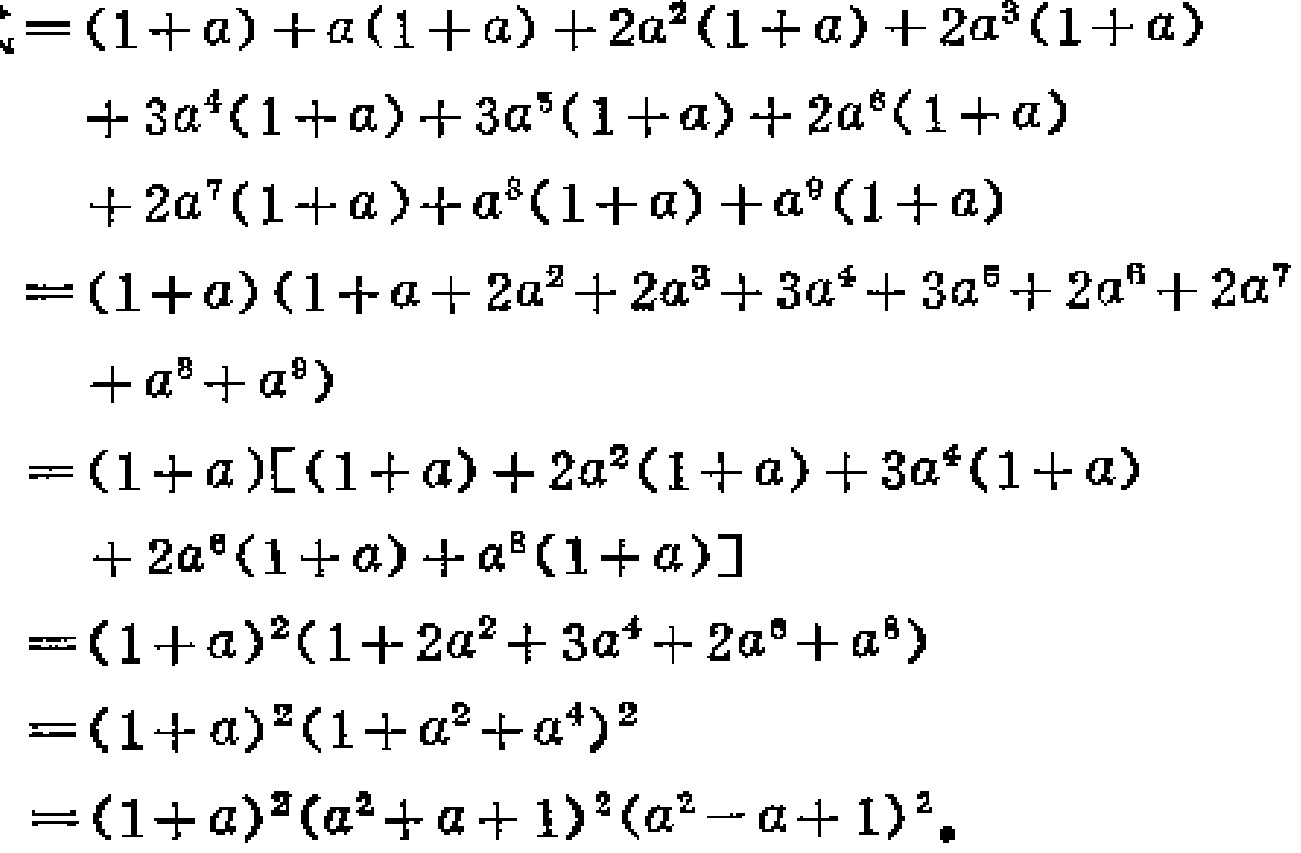
\begin{align*}

&=(1 + a)+a(1 + a)+2a^{2}(1 + a)+2a^{3}(1 + a)\\

&+3a^{4}(1 + a)+3a^{5}(1 + a)+2a^{6}(1 + a)\\

&+2a^{7}(1 + a)+a^{8}(1 + a)+a^{9}(1 + a)\\

&=(1 + a)(1 + a + 2a^{2}+2a^{3}+3a^{4}+3a^{5}+2a^{6}+2a^{7}\\

&\quad +a^{8}+a^{9})\\

&=(1 + a)[(1 + a)+2a^{2}(1 + a)+3a^{4}(1 + a)\\

&\quad +2a^{6}(1 + a)+a^{8}(1 + a)]\\

&=(1 + a)^{2}(1 + 2a^{2}+3a^{4}+2a^{6}+a^{8})\\

&=(1 + a)^{2}(1 + a^{2}+a^{4})^{2}\\

&=(1 + a)^{2}(a^{2}+a + 1)^{2}(a^{2}-a + 1)^{2}.

\end{align*}